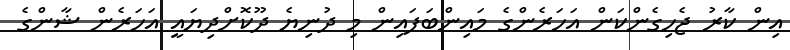
އިން ކާރު ޖެހިގެންކަން އަހަރެންގެ މައިންބަފައިން މި ދުނިޔެ ދޫކޮށްދިޔައީ އަހަރެން ޝާންގެ